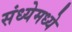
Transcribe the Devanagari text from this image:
संध्येमध्ये